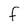
Character: f